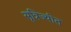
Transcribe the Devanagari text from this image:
सूत्रिज्यीत